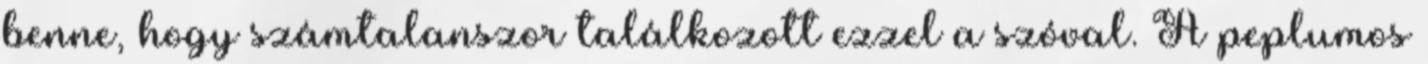
benne, hogy számtalanszor találkozott ezzel a szóval. A peplumos